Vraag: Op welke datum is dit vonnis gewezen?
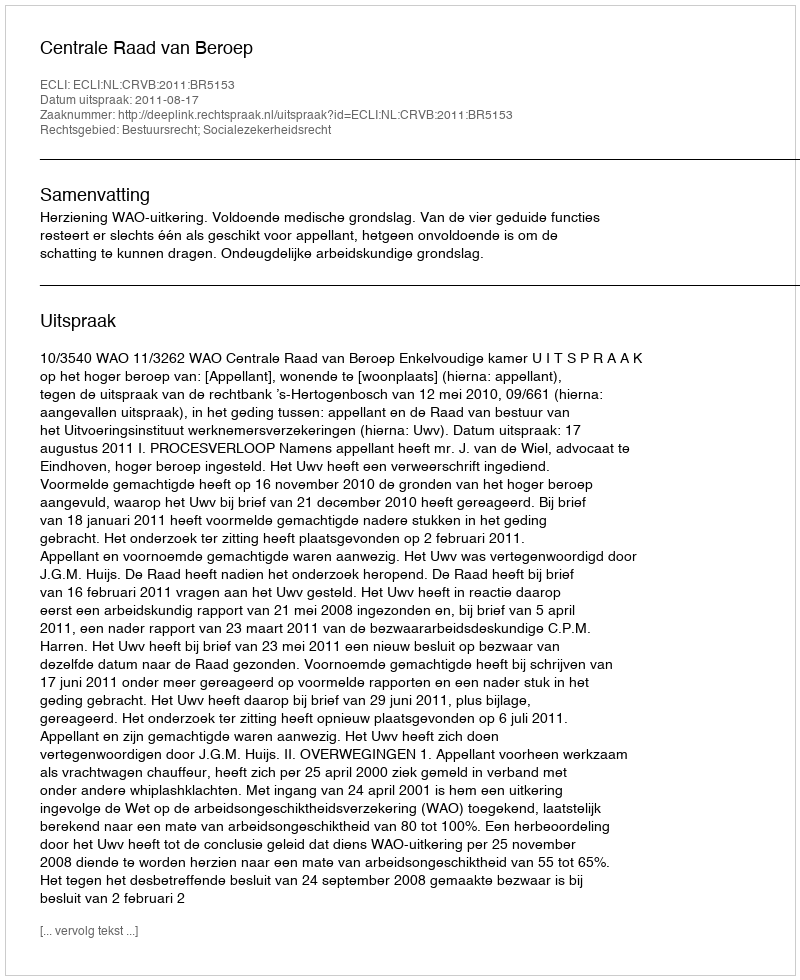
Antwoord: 2011-08-17